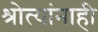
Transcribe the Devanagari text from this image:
श्रोत्यांनाही